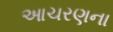
આચરણના